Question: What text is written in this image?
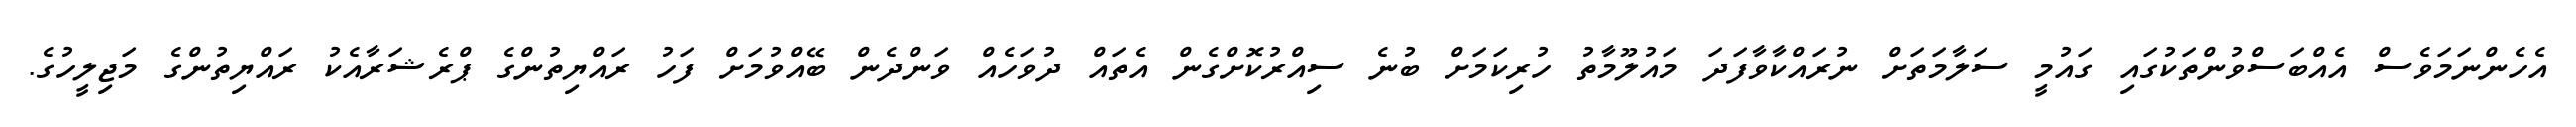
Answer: އެހެންނަމަވެސް އެއްބަސްވުންތަކުގައި ގައުމީ ސަލާމަތަށް ނުރައްކާވާފަދަ މައުލޫމާތު ހުރިކަމަށް ބުނެ ސިއްރުކޮށްގެން އެތައް ދުވަހެއް ވަންދެން ބޭއްވުމަށް ފަހު ރައްޔިތުންގެ ޕްރެޝަރާއެކު ރައްޔިތުންގެ މަޖިލީހުގެ.